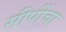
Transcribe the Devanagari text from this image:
सीपींचा